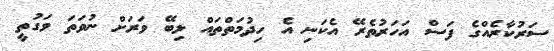
ސަރުކާރެއްގެ ފަސް އަހަރުތެރޭ އެކަނި އެ ހިދުމަތްތައް ލިބޭ ވަރަށް ނުވަތަ ވަގުތީ